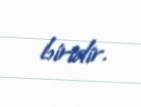
biridir.